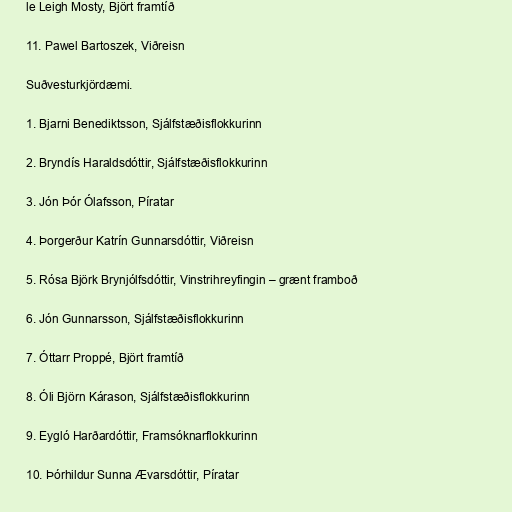
le Leigh Mosty, Björt framtíð

11. Pawel Bartoszek, Viðreisn

Suðvesturkjördæmi.

1. Bjarni Benediktsson, Sjálfstæðisflokkurinn

2. Bryndís Haraldsdóttir, Sjálfstæðisflokkurinn

3. Jón Þór Ólafsson, Píratar

4. Þorgerður Katrín Gunnarsdóttir, Viðreisn

5. Rósa Björk Brynjólfsdóttir, Vinstrihreyfingin – grænt framboð

6. Jón Gunnarsson, Sjálfstæðisflokkurinn

7. Óttarr Proppé, Björt framtíð

8. Óli Björn Kárason, Sjálfstæðisflokkurinn

9. Eygló Harðardóttir, Framsóknarflokkurinn

10. Þórhildur Sunna Ævarsdóttir, Píratar